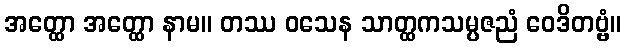
အတ္ထော အတ္ထော နာမ။ တဿ ဝသေန သာတ္ထကသမ္ပဇညံ ဝေဒိတဗ္ဗံ။